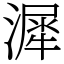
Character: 漽